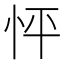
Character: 怦